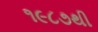
૧૯૮૭થી